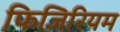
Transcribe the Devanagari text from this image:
फिजिरियम